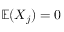
\mathbb { E } ( X _ { j } ) = 0